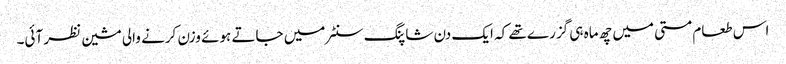
اس طعام مستی میں چھ ماہ ہی گزرے تھے کہ ایک دن شاپنگ سنٹر میں جاتے ہوئے وزن کرنے والی مشین نظر آئی۔